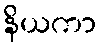
နိယကာ